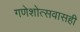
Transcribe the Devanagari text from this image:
गणेशोत्सवासही